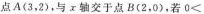
点A(3，2)，与x轴交于点B(2，0)，若0<